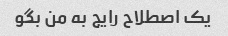
یک اصطلاح رایج به من بگو